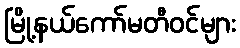
မြို့နယ်ကော်မတီဝင်များ